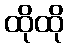
ထိုထို